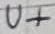
Text: U+